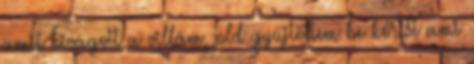
amit kivágott a villám, pld gyűjtöttem be kőrist ami